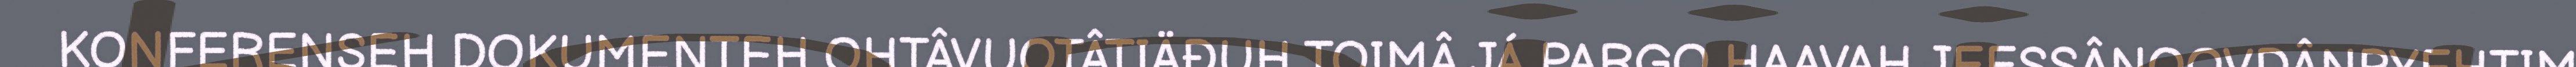
KONFERENSEH DOKUMENTEH OHTÂVUOTÂTIÄĐUH TOIMÂ JÁ PARGO HAAVAH JEESSÂNOOVDÂNPYEHTIM